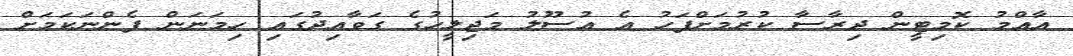
އާއްމު ކޮމިޓީން ދިރާސާ ކުރުމަށްފަހު އެ އުސޫލު މަޖިލީހުގެ ގަވާއިދުގައި ހިމަނަން ފެންނަކަމަށް